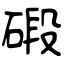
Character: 碫